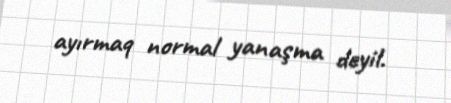
ayırmaq normal yanaşma deyil.